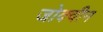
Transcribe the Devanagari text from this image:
जोक्वीन